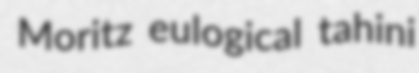
Moritz eulogical tahini